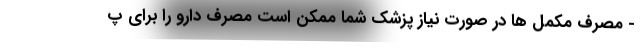
- مصرف مکمل ها در صورت نیاز پزشک شما ممکن است مصرف دارو را برای پ